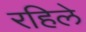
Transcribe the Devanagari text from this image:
रहिले